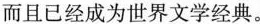
而且已经成为世界文学经典。